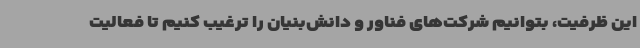
این ظرفیت، بتوانیم شرکت‌های فناور و دانش‌بنیان را ترغیب کنیم تا فعالیت